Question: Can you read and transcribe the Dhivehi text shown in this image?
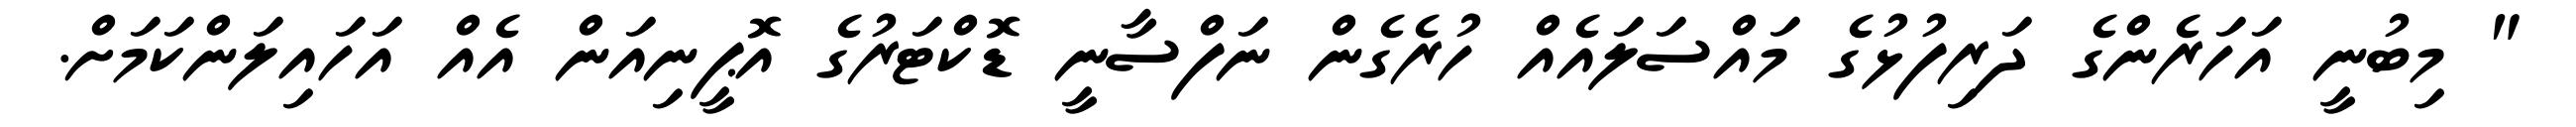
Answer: " މިބުނީ އަހަރެންގެ ދަރިފުޅުގެ މައްސަލައެއް ހުރެގެން ނަފްސާނީ ޑޮކްޓަރުގެ އޮޕީނިއަން އެއް އަހައިލަންކަމަށް.